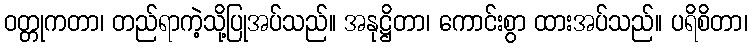
ဝတ္တုကတာ၊ တည်ရာကဲ့သို့ပြုအပ်သည်။ အနုဋ္ဌိတာ၊ ကောင်းစွာ ထားအပ်သည်။ ပရိစိတာ၊